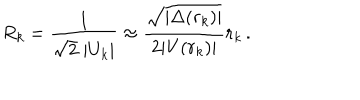
R _ { k } = \frac { 1 } { \sqrt { 2 } \; | U _ { k } | } \approx \frac { \sqrt { | \Delta ( r _ { k } ) | } } { 2 | V ( r _ { k } ) | } r _ { k } \, .